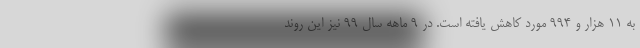
به ۱۱ هزار و ۹۹۴ مورد کاهش یافته است. در ۹ ماهه سال ۹۹ نیز این روند